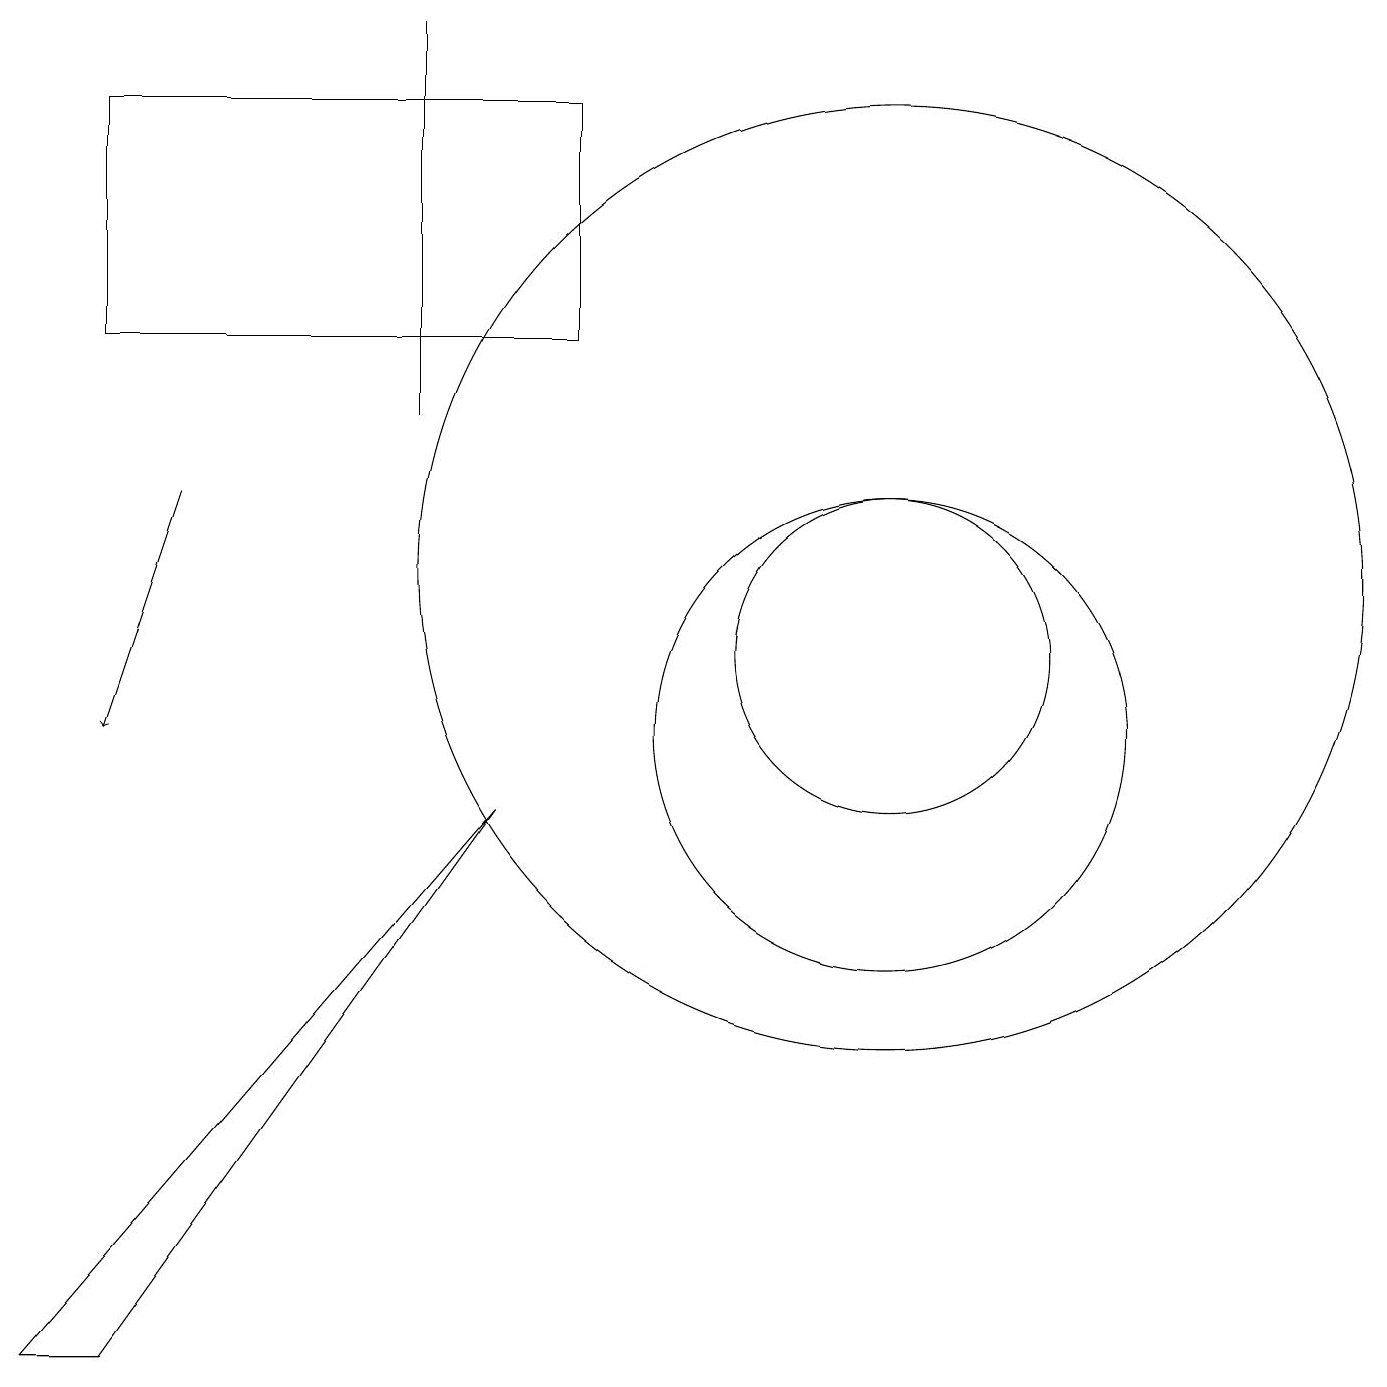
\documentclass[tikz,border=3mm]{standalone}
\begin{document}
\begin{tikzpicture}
\draw (11,10) circle (3);
\draw (1,2) -- (0,2) -- (6,9) -- cycle;
\draw (11,12) circle (6);
\draw[->] (2,13) -- (1,10);
\draw (5,14) rectangle (5,19);
\draw (11,11) circle (2);
\draw (7,15) rectangle (1,18);
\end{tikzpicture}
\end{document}